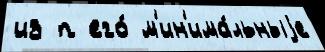
из п его́ м'ин'има́льныjе